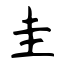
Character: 圭